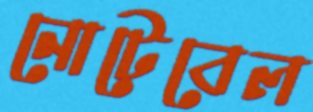
নোটেবেল